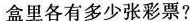
盒里各有多少张彩票?